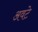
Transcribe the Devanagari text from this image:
अवटे